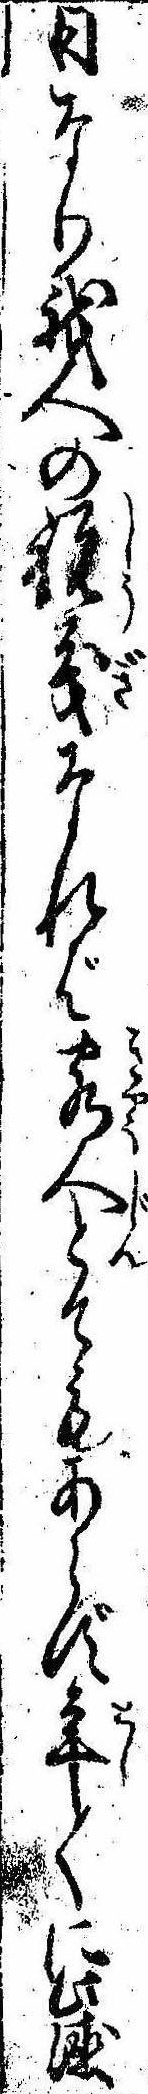
日なり我人の祝義なれば客人とてもあらず年〱に此徳